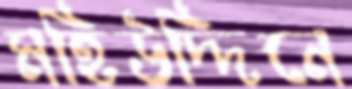
মহিউদ্দিনে